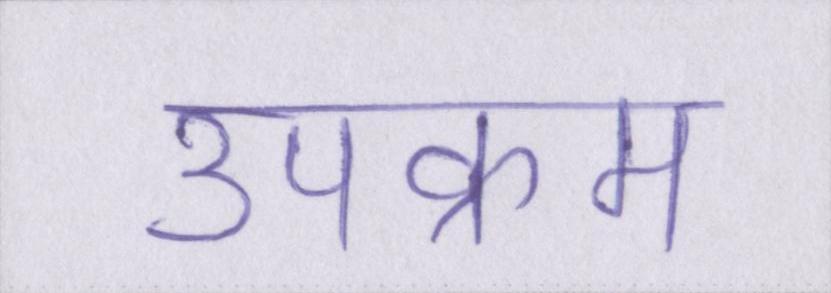
उपक्रम